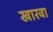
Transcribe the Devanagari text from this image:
खारवा